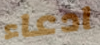
ادعاء